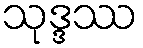
သုဒ္ဒဿ